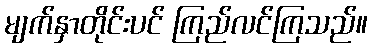
မျက်နှာတိုင်းပင် ကြည်လင်ကြသည်။